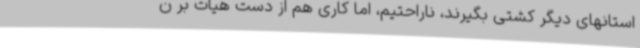
استانهای دیگر کشتی بگیرند، ناراحتیم، اما کاری هم از دست هیات بر ن